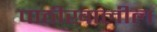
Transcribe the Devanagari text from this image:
पाठीखालील